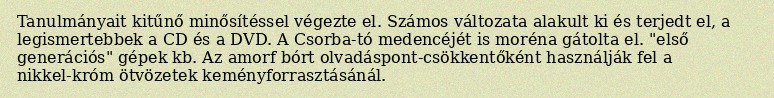
Tanulmányait kitűnő minősítéssel végezte el. Számos változata alakult ki és terjedt el, a legismertebbek a CD és a DVD. A Csorba-tó medencéjét is moréna gátolta el. "első generációs" gépek kb. Az amorf bórt olvadáspont-csökkentőként használják fel a nikkel-króm ötvözetek keményforrasztásánál.